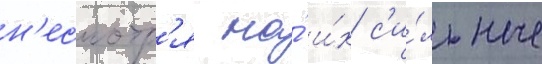
н'есмотр'я на́ и́х с'и́льные